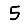
Digit: 5